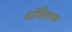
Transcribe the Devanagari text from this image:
घोषिताराम